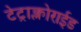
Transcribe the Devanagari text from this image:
टेट्राक्लोराईड